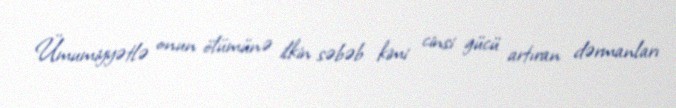
Ümumiyyətlə onun ölümünə ilkin səbəb kimi cinsi gücü artıran dərmanları